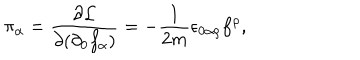
LaTeX: \pi _ { \alpha } = \frac { \partial \mathcal { L } } { \partial ( \partial _ { 0 } f _ { \alpha } ) } = - \frac { 1 } { 2 m } \epsilon _ { 0 \alpha \rho } f ^ { \rho } ,